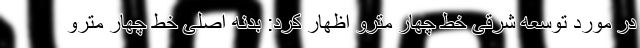
در مورد توسعه شرقی خط چهار مترو اظهار کرد: بدنه اصلی خط چهار مترو